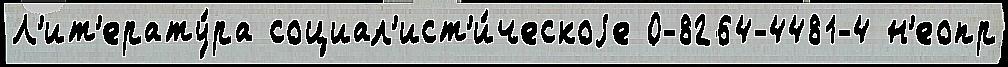
Л'ит'ерату́ра социал'ист'и́ческоjе 0-8264-4481-4 н'еопр